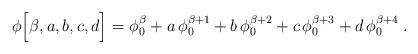
LaTeX: \begin{align*}\phi \Big[\beta, a, b, c, d \Big] = \phi_0^\beta + a \, \phi_0^{\beta+1} + b \, \phi_0^{\beta+2} + c \, \phi_0^{\beta+3} + d \, \phi_0^{\beta+4} \; .\end{align*}